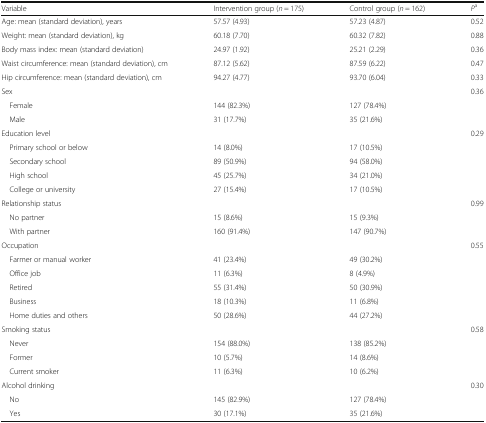
| Variable | Intervention group (n = 175) | Control group (n = 162) | Pa |
 | --- | --- | --- | --- |
 | Age: mean (standard deviation), years | 57.57 (4.93) | 57.23 (4.87) | 0.52 |
 | Weight: mean (standard deviation), kg | 60.18 (7.70) | 60.32 (7.82) | 0.88 |
 | Body mass index: mean (standard deviation) | 24.97 (1.92) | 25.21 (2.29) | 0.36 |
 | Waist circumference: mean (standard deviation), cm | 87.12 (5.62) | 87.59 (6.22) | 0.47 |
 | Hip circumference: mean (standard deviation), cm | 94.27 (4.77) | 93.70 (6.04) | 0.33 |
 | Sex |  |  | 0.36 |
 | Female | 144 (82.3%) | 127 (78.4%) |  |
 | Male | 31 (17.7%) | 35 (21.6%) |  |
 | Education level |  |  | 0.29 |
 | Primary school or below | 14 (8.0%) | 17 (10.5%) |  |
 | Secondary school | 89 (50.9%) | 94 (58.0%) |  |
 | High school | 45 (25.7%) | 34 (21.0%) |  |
 | College or university | 27 (15.4%) | 17 (10.5%) |  |
 | Relationship status |  |  | 0.99 |
 | No partner | 15 (8.6%) | 15 (9.3%) |  |
 | With partner | 160 (91.4%) | 147 (90.7%) |  |
 | Occupation |  |  | 0.55 |
 | Farmer or manual worker | 41 (23.4%) | 49 (30.2%) |  |
 | Office job | 11 (6.3%) | 8 (4.9%) |  |
 | Retired | 55 (31.4%) | 50 (30.9%) |  |
 | Business | 18 (10.3%) | 11 (6.8%) |  |
 | Home duties and others | 50 (28.6%) | 44 (27.2%) |  |
 | Smoking status |  |  | 0.58 |
 | Never | 154 (88.0%) | 138 (85.2%) |  |
 | Former | 10 (5.7%) | 14 (8.6%) |  |
 | Current smoker | 11 (6.3%) | 10 (6.2%) |  |
 | Alcohol drinking |  |  | 0.30 |
 | No | 145 (82.9%) | 127 (78.4%) |  |
 | Yes | 30 (17.1%) | 35 (21.6%) |  |